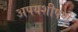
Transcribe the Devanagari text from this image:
अपयशीपणे